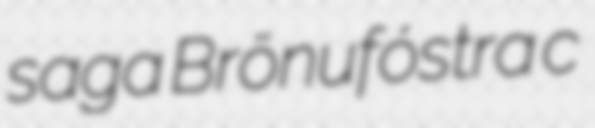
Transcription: saga Brönufóstra c